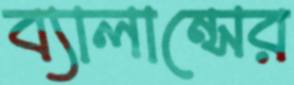
ব্যালান্সের